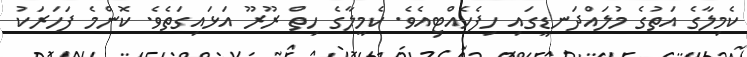
ކެމިލާގެ އަތުގެ މުލައްދަނޑީގައި ހިފެހެއްޓިއެވެ. ކެމީލާގެ ހިތް ރޫރޫ އަޅައިގަތެވެ. ކޮންމެ ފަހަރަކު